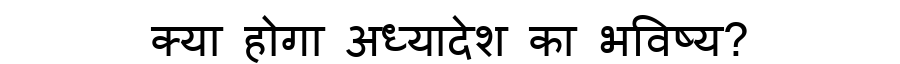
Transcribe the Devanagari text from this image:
क्या होगा अध्यादेश का भविष्य?